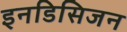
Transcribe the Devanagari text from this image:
इनडिसिजन